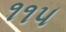
૧૧૫